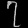
Digit: ၇